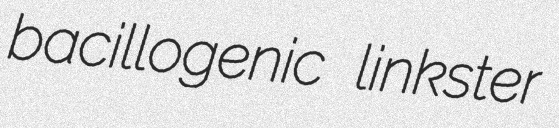
bacillogenic linkster